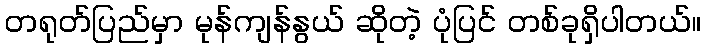
တရုတ်ပြည်မှာ မုန်ကျန်နွယ် ဆိုတဲ့ ပုံပြင် တစ်ခုရှိပါတယ်။